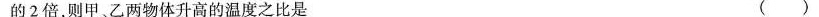
的2倍，则甲、乙两物体升高的温度之比是 ( )